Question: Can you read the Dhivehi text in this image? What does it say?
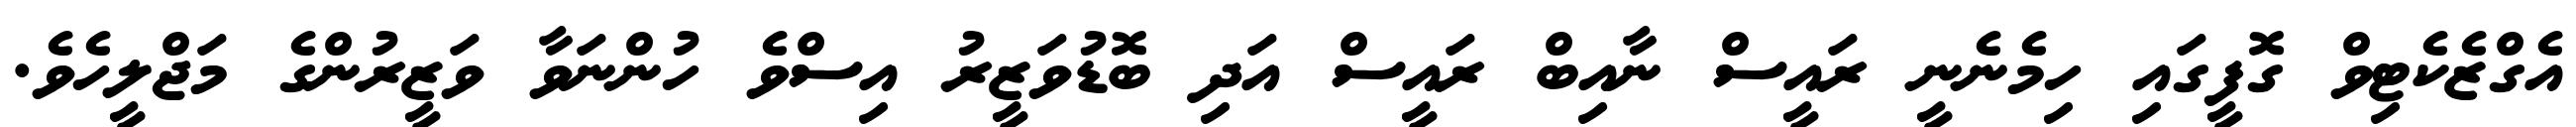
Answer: އެގްޒެކެޓިވް ގޮފީގައި ހިމެނެނީ ރައީސް ނާއިބް ރައީސް އަދި ބޮޑުވަޒީރު އިސްވެ ހުންނަވާ ވަޒީރުންގެ މަޖްލީހެވެ.